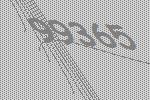
99365